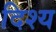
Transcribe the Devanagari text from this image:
दिश्य